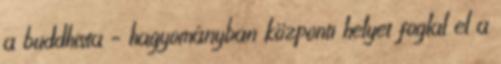
a buddhista – hagyományban központi helyet foglal el a